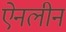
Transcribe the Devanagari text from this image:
ऐनलीन